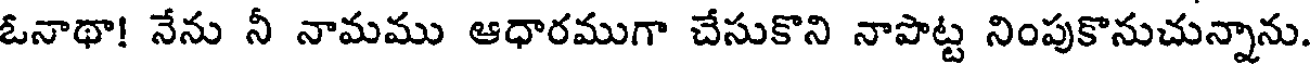
ఓనాథా! నేను నీ నామము ఆధారముగా చేసుకొని నాపొట్ట నింపుకొనుచున్నాను.